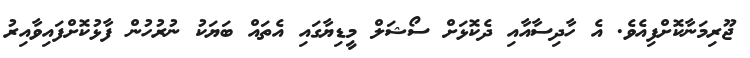
ޖޫރިމަނާކޮށްފިއެވެ. އެ ހާދިސާއާއި ދެކޮޅަށް ސޯޝަލް މީޑިޔާގައި އެތައް ބަޔަކު ނުރުހުން ފާޅުކޮށްފައިވާއިރު